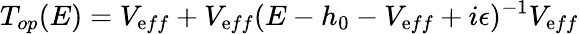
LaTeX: T_{op}(E)=V_{\mathrm{e}ff}+V_{\mathrm{e}ff}(E-h_{0}-V_{\mathrm{e}ff}+i\epsilon)^{-1}V_{\mathrm{e}ff}